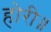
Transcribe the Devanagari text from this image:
होरी॥